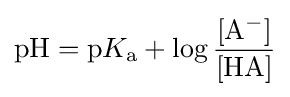
\mathrm {pH} =\mathrm {p} K_{\text{a}}+\log \mathrm {\frac {[A^{-}]}{[HA]}}